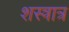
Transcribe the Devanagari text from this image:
शस्त्रात्र